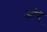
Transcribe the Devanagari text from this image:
अगि्